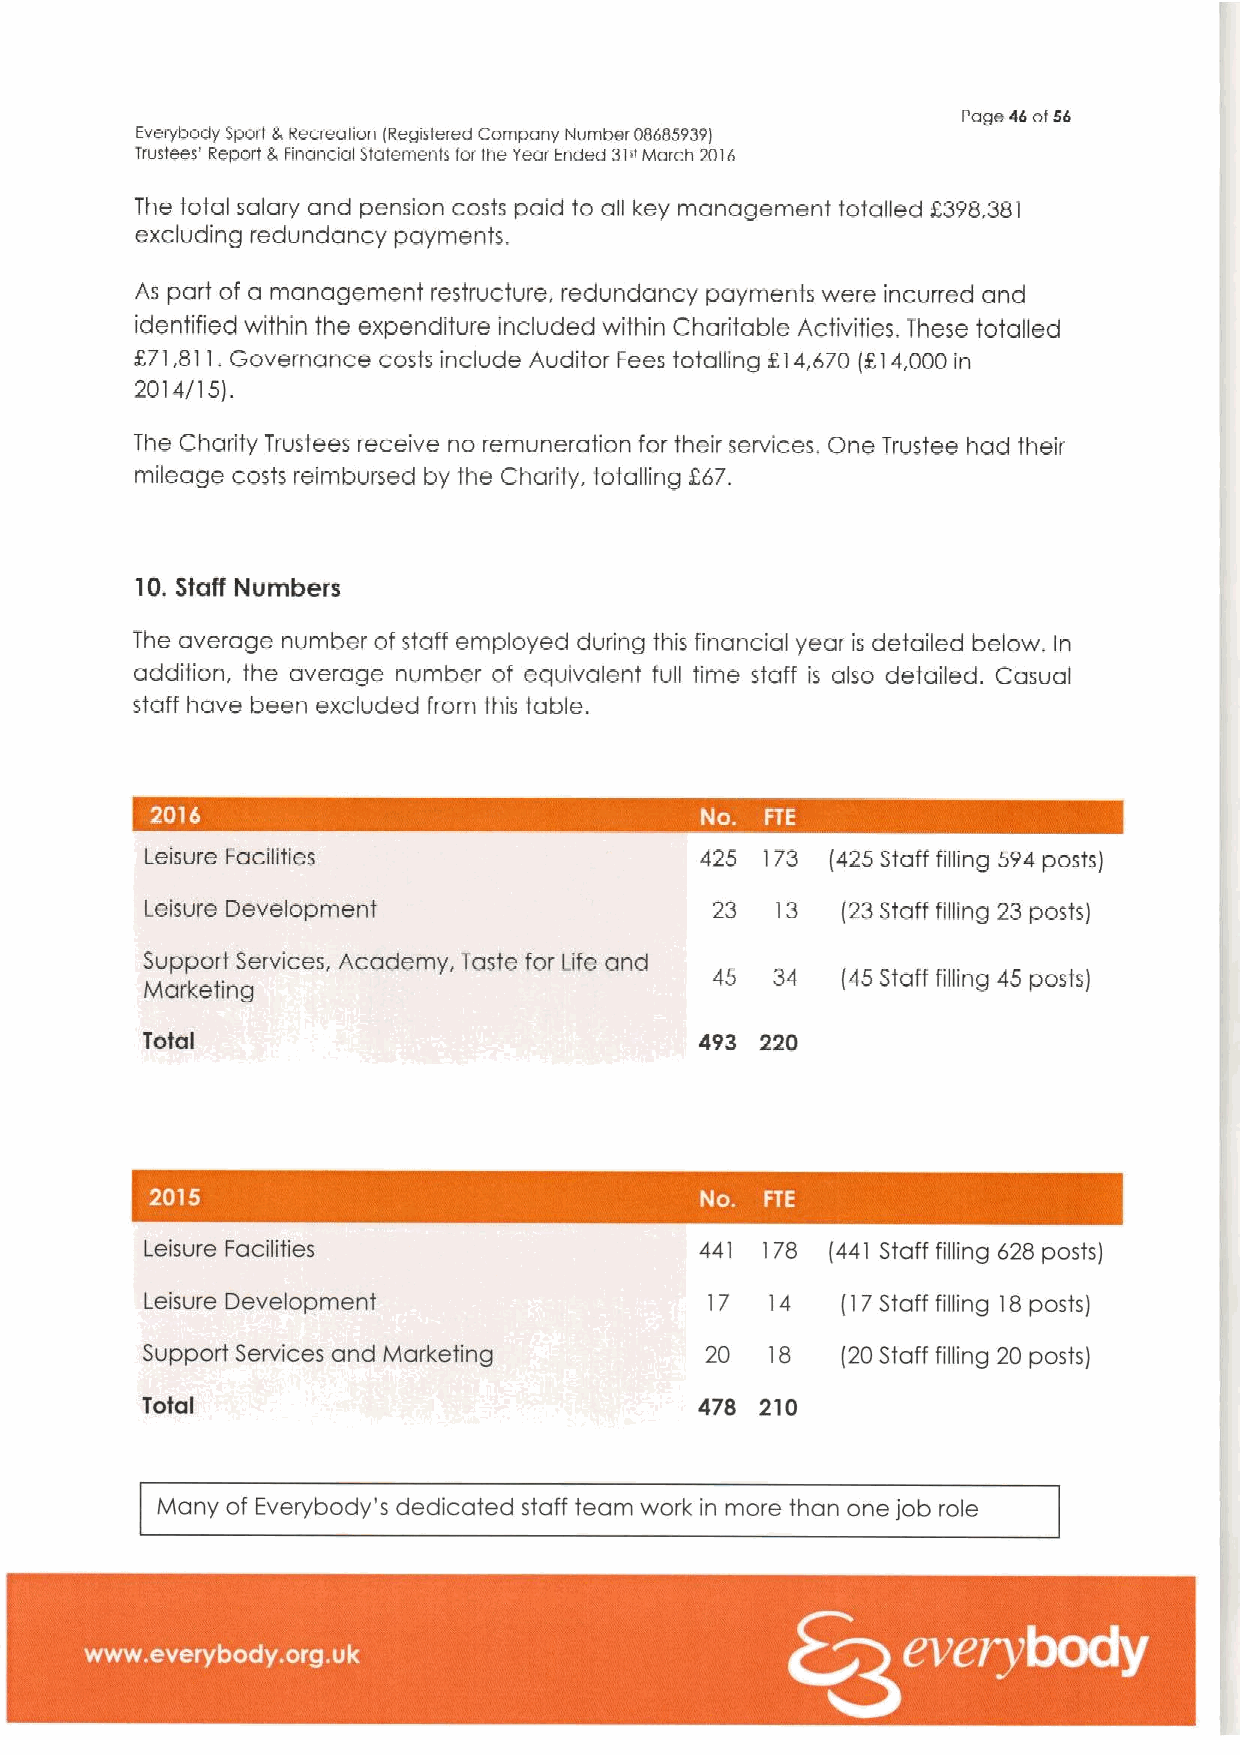
Page 46of56
 Everybody Sport 8,Recreation (Registered Company Number 086859391
 rrur teer' Repart 6,FinanCial StatementS far the Year Ended 31rrMarCh 2016
 The total salary and pension costs paid to all key management totalled F398,381
 excluding redundancy payments.
 As part of a management restructure, redundancy payments were incurred and
 identified within the expenditure included within Charitable Activities. These totalled
 R71,811.Governance costs include Auditor Fees totalling RI4,670 (KI4,000 in
 2014/15).
 The Charity Trustees receive no remuneration for their services. One Trustee had their
 mileage costs reimbursed by the Charity. totalling 267.
 10.Staff Numbers
 The average number of staff employed during this financial year is detailed below, In
 addition, the average number of equivalent full time staff is also detailed. Casual
 staff have been excluded from this table.
 Leisure Facilities                  425  173 (425 Staff filling 594posts)
 Leisure Development                  23  13   (23Stafffilling23 posts)
 Support Services, Academy, Taste for Life and
 45  34   (45 Staff filling 45 posts)
 Marketing
 Total                                493 220
 Leisure Facilities                  441 178  (441Stafffilling628posts)
 Leisure Development                  17  14   (17Staff filling 18posts)
 Support Services and Ivlarketing      20  18   (20Staff filling 20 posts)
 Total                                478 210
 Many of Everybody's dedicated staff team work in more than one job role
 ~ ~ ~